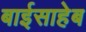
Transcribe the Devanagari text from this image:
बाईसाहेब